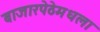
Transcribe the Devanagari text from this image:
बाजारपेठेमधला